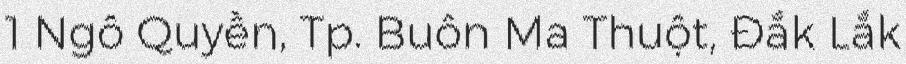
1 Ngô Quyền, Tp. Buôn Ma Thuột, Đắk Lắk